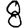
Digit: 8